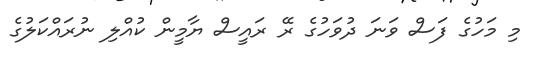
މި މަހުގެ ފަސް ވަނަ ދުވަހުގެ ރޭ ރައީސް ޔާމީން ކުއްލި ނުރައްކަލުގެ